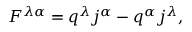
F ^ { \lambda \alpha } = q ^ { \lambda } j ^ { \alpha } - q ^ { \alpha } j ^ { \lambda } ,